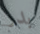
بدر